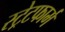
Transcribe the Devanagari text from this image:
स्ट्रेटफार्म